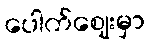
ပေါက်ဈေးမှာ